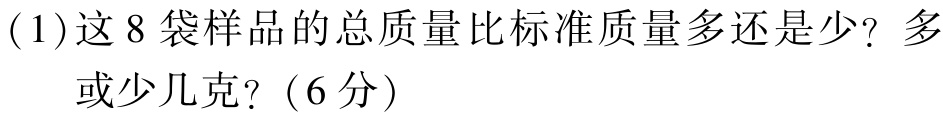
(1)这8袋样品的总质量比标准质量多还是少？多

    或少几克？（6分）